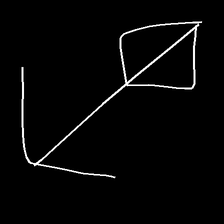
Glyph: focus